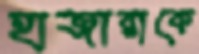
হাজারাকে